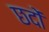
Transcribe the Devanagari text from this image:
छदों